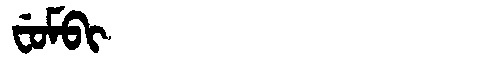
Manchu: ᠸᡠᠮᠪᡳ
Romanization: FUMBI